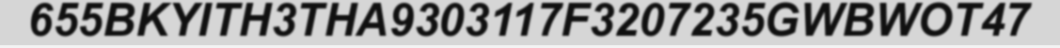
655BKYITH3THA9303117F3207235GWBWOT47